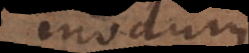
modum